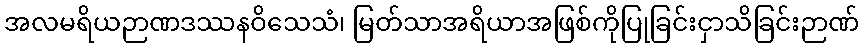
အလမရိယဉာဏဒဿနဝိသေသံ၊ မြတ်သာအရိယာအဖြစ်ကိုပြုခြင်းငှာသိခြင်းဉာဏ်